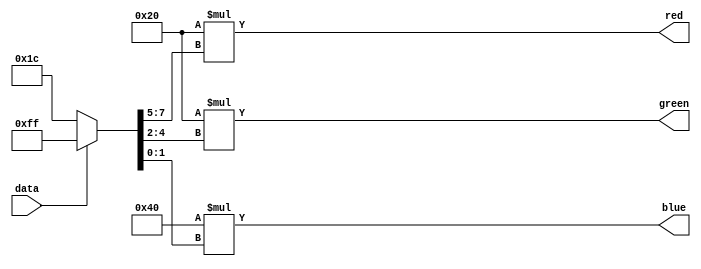
module color_encoder(

	input wire data,
	output [7:0] red,
	output [7:0] green,
	output [7:0] blue);
	
	//use 8 bit color codes to choose your colors 
	//color layout: RRRGGGBB
	//basic colors:
	//Red: 	11100000		hex: E0
	//Green: 00011100		hex: 1C
	//Blue:	00000011		hex: 03
	//Black: 00000000		hex: 00
	//White: 11111111		hex: FF
	parameter color_0 = 8'h1C; 
	parameter color_1 = 8'hFF;
	reg [7:0] color_data;
	
	assign red = 32 * color_data[7:5];

	assign green = 32 * color_data[4:2];

	assign blue = 64 * color_data[1:0];
	
	always begin
		if (data == 1'b0) begin
			color_data <= color_0;
		end else begin
			color_data <= color_1;
		end
	end 
endmodule